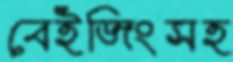
বেইজিংসহ